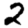
Digit: 2